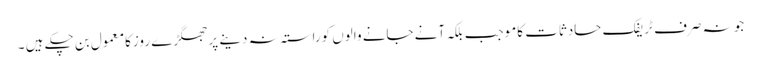
جو نہ صرف ٹریفک حادثات کاموجب بلکہ آنے جانے والوں کوراستہ نہ دینے پرجھگڑے روزکامعمول بن چکے ہیں ۔